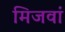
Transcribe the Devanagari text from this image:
मिजवां